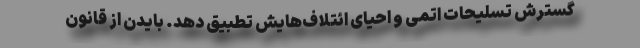
گسترش تسلیحات اتمی و احیای ائتلاف‌هایش تطبیق دهد. بایدن از قانون‌